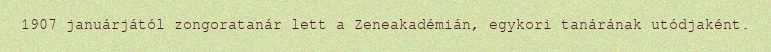
1907 januárjától zongoratanár lett a Zeneakadémián, egykori tanárának utódjaként.